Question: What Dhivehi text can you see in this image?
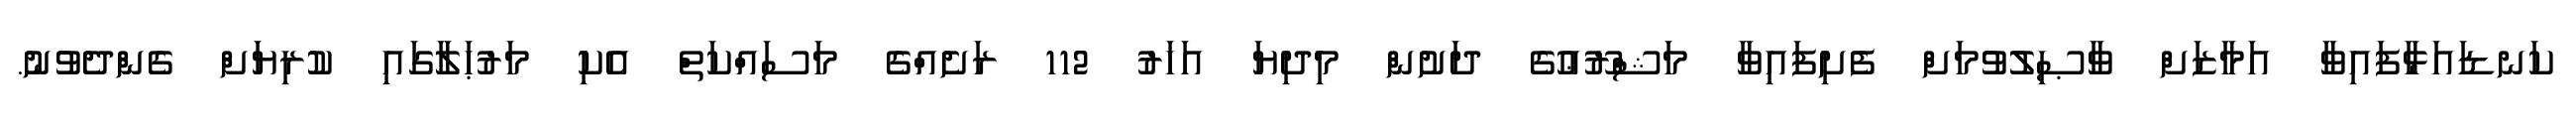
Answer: ކަނޑައަޅާފައިވާ އަމާޒަށް ވާޞިލުވުމަށް ފެށިފައިވާ މަޝްރޫޢުގެ ދަށުން މިދިޔަ އަހަރު 112 ރަށެއްގެ މަސައްކަތް އެކި މަރުޙަލާގައި ކުރިޔަށް ގެންދެވުނު.